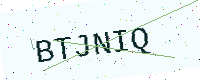
Text: BTJNIQ